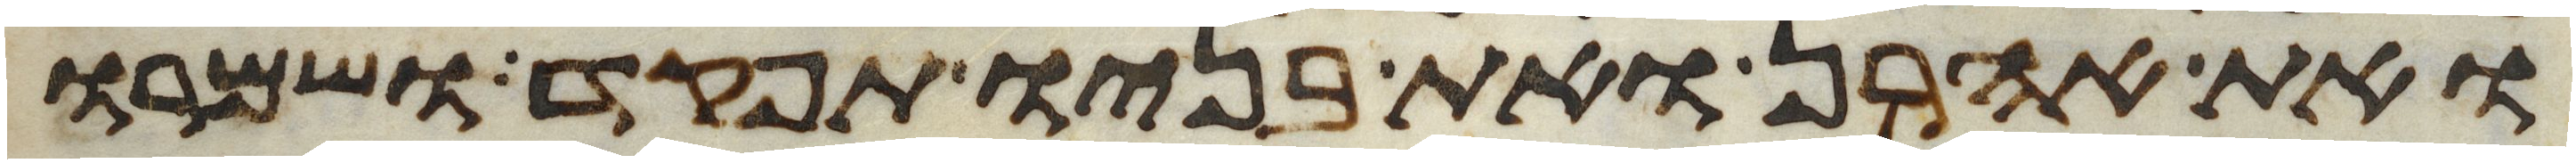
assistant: ואת אהרן ואת בניו תפקד ושמרו